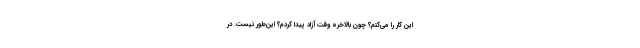
این کار را می‌کنم؟ چون بالاخره وقت آزاد پیدا کردم؟ این‌طور نیست. در